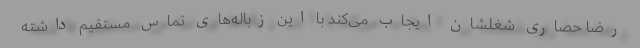
رضا حصاری شغلشان ایجاب می‌کند با این زباله‌های تماس مستقیم داشته